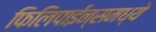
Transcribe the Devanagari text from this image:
फिलिपाईन्समध्ये